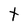
Character: t